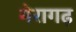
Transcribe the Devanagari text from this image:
मेरागढ़